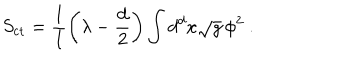
LaTeX: S _ { \mathrm { c t } } = \frac 1 l \left( \lambda - \frac { d } 2 \right) \int d ^ { d } x \sqrt { g } \, \phi ^ { 2 } ~ .